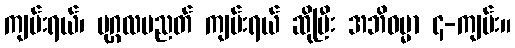
ကျမ်းရယ်၊ ပုဂ္ဂလပညတ် ကျမ်းရယ် ဆိုပြီး အဘိဓမ္မာ ၄-ကျမ်း။